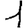
Digit: 1